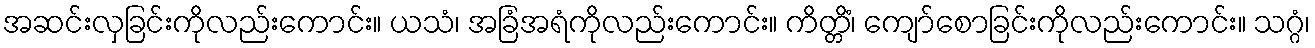
အဆင်းလှခြင်းကိုလည်းကောင်း။ ယသံ၊ အခြံအရံကိုလည်းကောင်း။ ကိတ္တိံ၊ ကျော်စောခြင်းကိုလည်းကောင်း။ သဂ္ဂံ၊